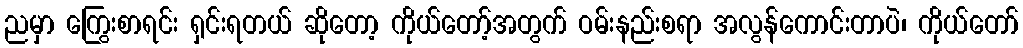
ညမှာ ကြွေးစာရင်း ရှင်းရတယ် ဆိုတော့ ကိုယ်တော့်အတွက် ဝမ်းနည်းစရာ အလွန်ကောင်းတာပဲ၊ ကိုယ်တော်